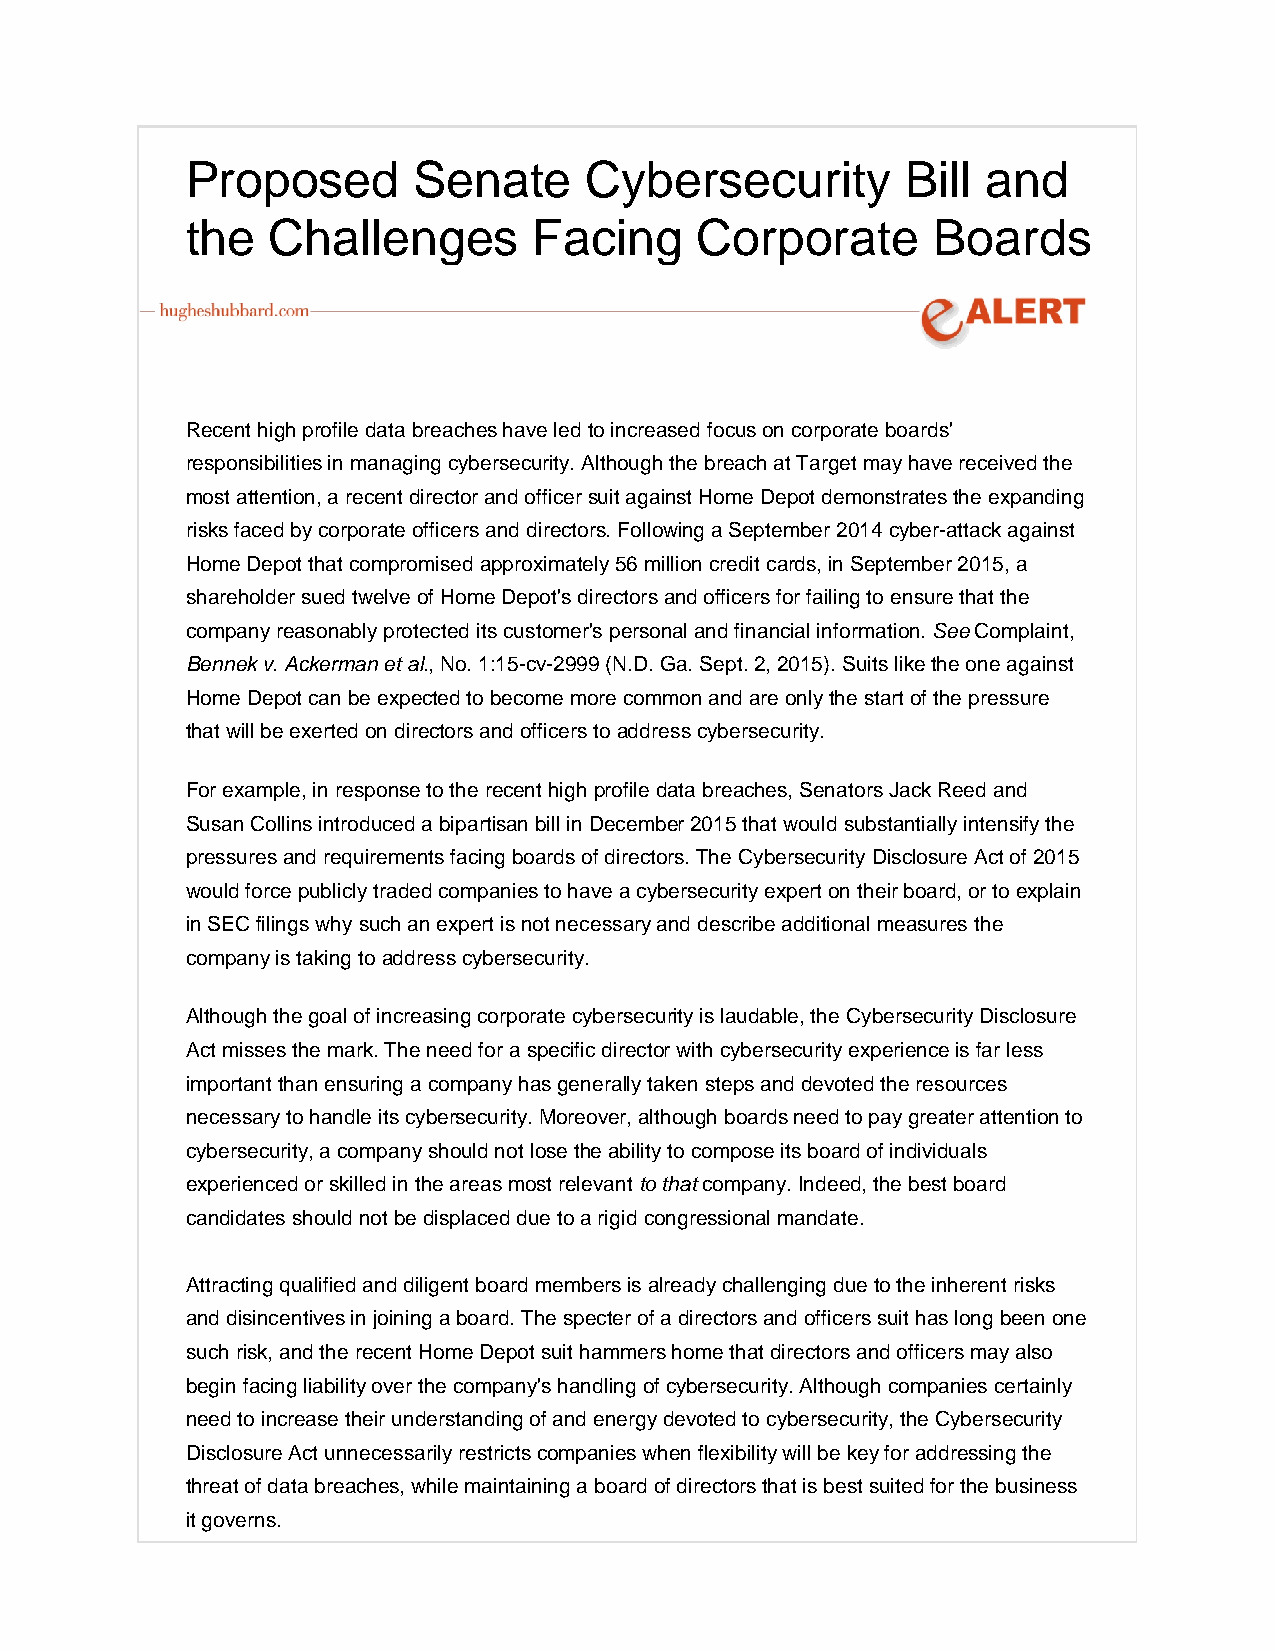
Proposed       Senate      Cybersecurity        Bill and
 the   Challenges       Facing     Corporate       Boards
 Recent high profile data breaches have led to increased focus on corporate boards'
 responsibilities in managing cybersecurity. Although the breach at Target may have received the
 most attention, a recent director and officer suit against Home Depot demonstrates the expanding
 risks faced by corporate officers and directors. Following a September 2014 cyber-attack against
 Home Depot that compromised approximately 56 million credit cards, in September 2015, a
 shareholder sued twelve of Home Depot's directors and officers for failing to ensure that the
 company reasonably protected its customer's personal and financial information. See Complaint,
 Bennek v. Ackerman et al., No. 1:15-cv-2999 (N.D. Ga. Sept. 2, 2015). Suits like the one against
 Home Depot can be expected to become more common and are only the start of the pressure
 that will be exerted on directors and officers to address cybersecurity.
 For example, in response to the recent high profile data breaches, Senators Jack Reed and
 Susan Collins introduced a bipartisan bill in December 2015 that would substantially intensify the
 pressures and requirements facing boards of directors. The Cybersecurity Disclosure Act of 2015
 would force publicly traded companies to have a cybersecurity expert on their board, or to explain
 in SEC filings why such an expert is not necessary and describe additional measures the
 company is taking to address cybersecurity.
 Although the goal of increasing corporate cybersecurity is laudable, the Cybersecurity Disclosure
 Act misses the mark. The need for a specific director with cybersecurity experience is far less
 important than ensuring a company has generally taken steps and devoted the resources
 necessary to handle its cybersecurity. Moreover, although boards need to pay greater attention to
 cybersecurity, a company should not lose the ability to compose its board of individuals
 experienced or skilled in the areas most relevant to that company. Indeed, the best board
 candidates should not be displaced due to a rigid congressional mandate.
 Attracting qualified and diligent board members is already challenging due to the inherent risks
 and disincentives in joining a board. The specter of a directors and officers suit has long been one
 such risk, and the recent Home Depot suit hammers home that directors and officers may also
 begin facing liability over the company's handling of cybersecurity. Although companies certainly
 need to increase their understanding of and energy devoted to cybersecurity, the Cybersecurity
 Disclosure Act unnecessarily restricts companies when flexibility will be key for addressing the
 threat of data breaches, while maintaining a board of directors that is best suited for the business
 it governs.